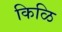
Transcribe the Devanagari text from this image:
किळि